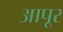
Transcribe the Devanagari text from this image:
आपूर